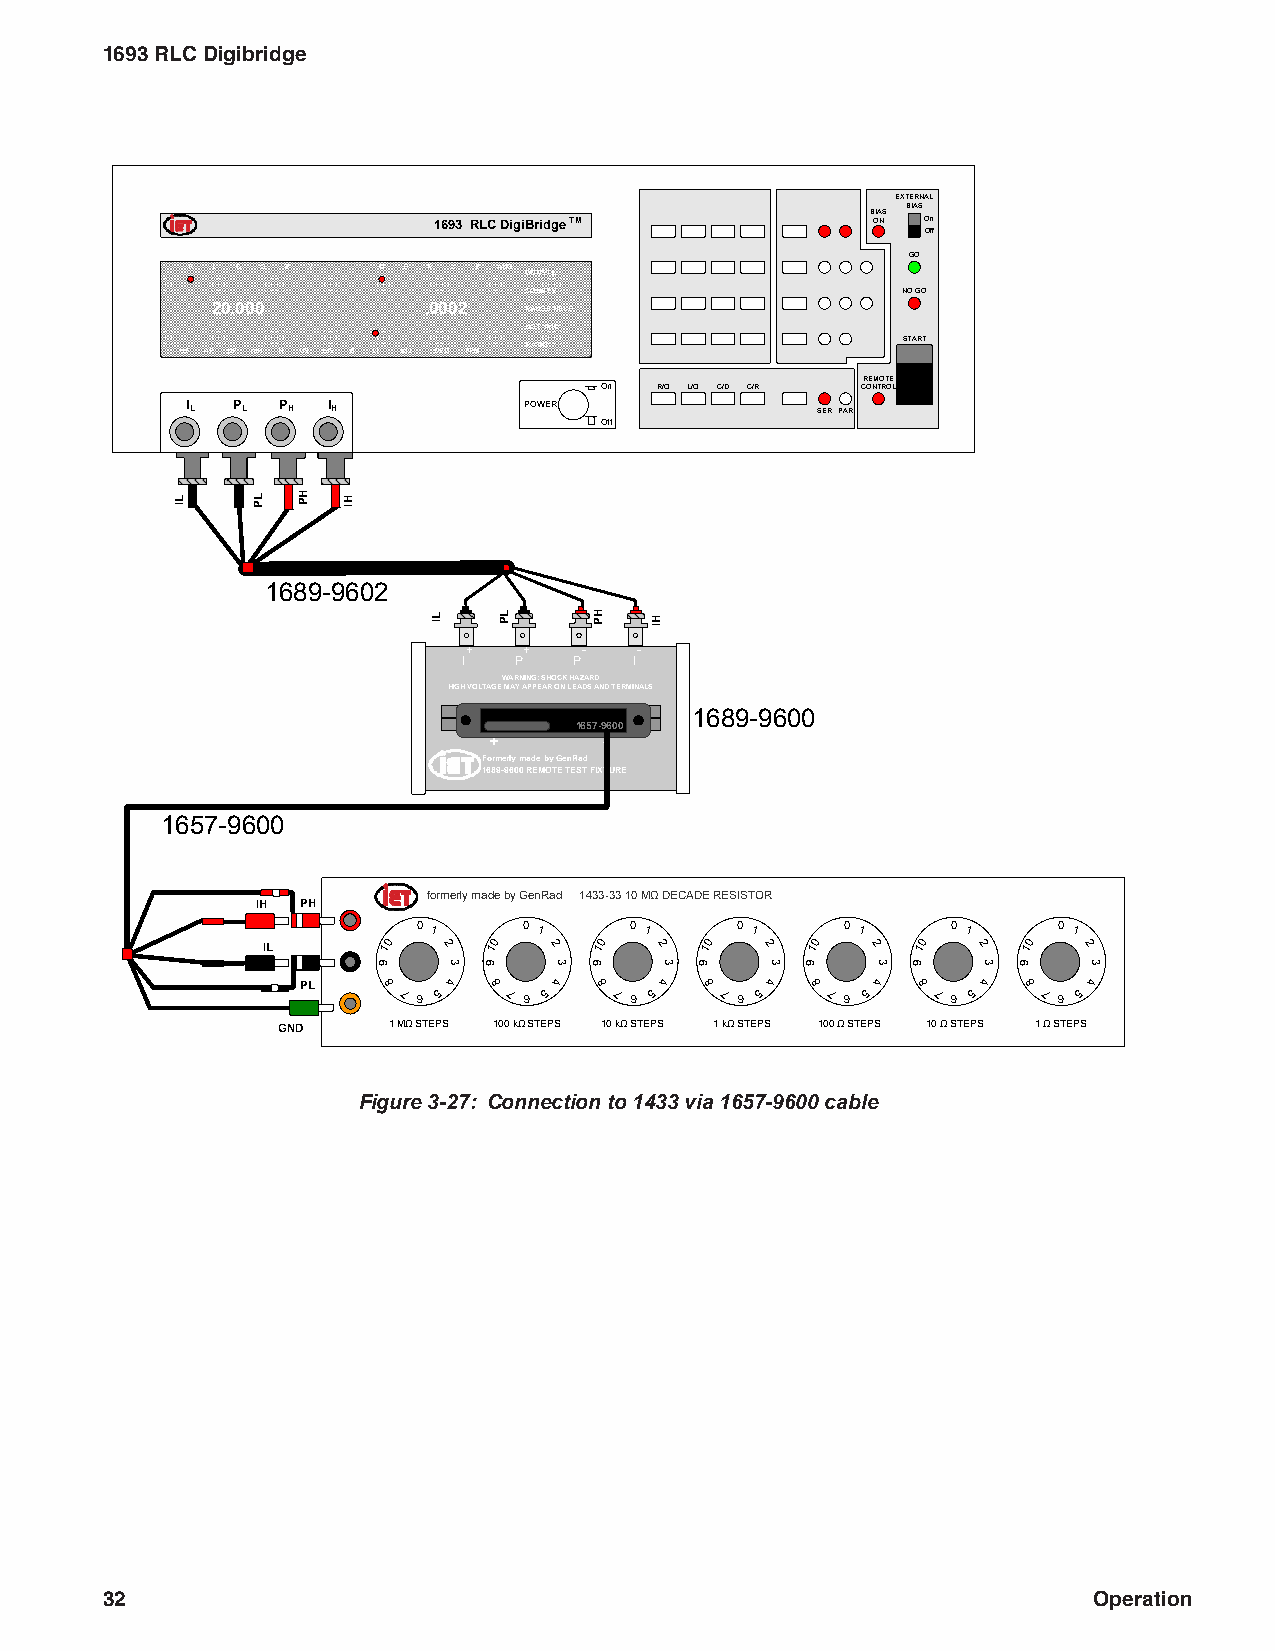
1693 RLC Digibridge
 EXTERNAL
 BIAS
 BIAS
 1693 RLC DigiBridge TM       ON On
 Off
 GO
 R L C G Z Y  Q D R X B ANG CONST I.
 CONST V.                 NO GO
 20.000        .0002  RANGE HELD
 NOT 1kHz
 START
 uF nF pF mH H uS mS S k DEG PPM RATIO
 REMOTE
 On R/Q L/Q C/D C/R CONTROL
 IL PL PH  IH           POWER
 SER PAR
 Off
 1689-9602
 +   +   -  -
 I  P   P   I
 WARNING: SHOCK HAZARD
 HIGH VOLTAGE MAY APPEAR ON LEADS AND TERMINALS
 1689-9600
 1657-9600
 +       -
 Formerly made by GenRad
 1689-9600 REMOTE TEST FIXTURE
 1657-9600
 formerly made by GenRad 1433-33 10 MΩ DECADE RESISTOR
 IH PH
 0 1    0 1    0 1    0 1    0 1    0 1    0 1
 IL      10  2  10  2  10  2   10 2   10 2   10  2  10  2
 PL   8
 76
 54 8
 76
 54  8
 76
 54  8
 76
 54  8
 76
 54  8
 76
 54  8
 76
 54
 GND     1 MΩ STEPS 100 kΩ STEPS 10 kΩ STEPS 1 kΩ STEPS 100 Ω STEPS 10 Ω STEPS 1 Ω STEPS
 Figure 3-27: Connection to 1433 via 1657-9600 cable
 32                                                               Operation
 LI   LP HP HI
 9
 LI
 3 9
 LP
 3
 HP
 9
 HI
 3 9    3 9    3 9    3  9   3